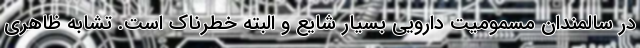
در سالمندان مسمومیت دارویی بسیار شایع و البته خطرناک است. تشابه ظاهری